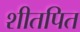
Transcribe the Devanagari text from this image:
शीतपित